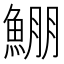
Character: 𩸀